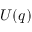
U ( q )